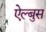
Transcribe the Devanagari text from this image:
ऐल्बुस